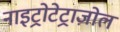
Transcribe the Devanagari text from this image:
नाइट्रोटेट्राज़ोल